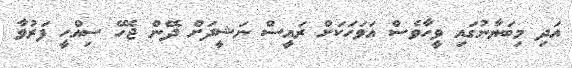
އަދި މިބަޔާނުގައި ވީހާވެސް އަވަހަކަށް ރައީސް ނަޝީދަށް ދޭން ޖެހޭ ސިއްހީ ފަރުވާ